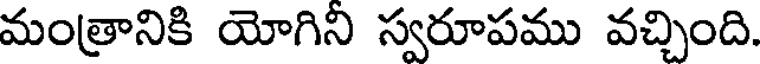
మంత్రానికి యోగిని స్వరూపము వచ్చింది.